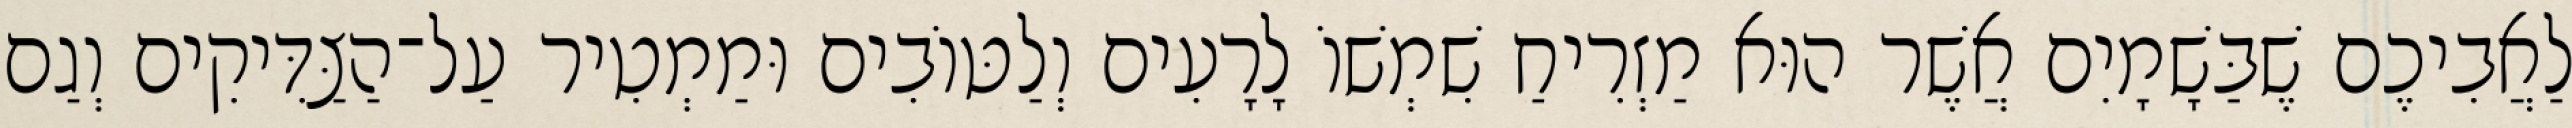
לַאֲבִיכֶם שֶׁבַּשָׁמָיִם אֲשֶׁר הוּא מַזְרִיחַ שִׁמְשׁוֹ לָרָעִים וְלַטּוֹבִים וּמַמְטִיר עַל־הַצַּדִּיקִים וְגַם